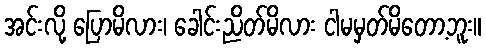
အင်းလို့ ပြောမိလား၊ ခေါင်းညိတ်မိလား ငါမမှတ်မိတော့ဘူး။